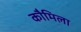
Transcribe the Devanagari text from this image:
कौमिला